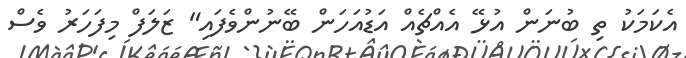
އެކަމަކު ތި ބުނަން އުޅޭ އެއްޗެއް އަޑުއަހަން ބޭނުންވެފައި" ޒަލަފް މިފަހަރު ވެސް